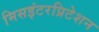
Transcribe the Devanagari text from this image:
मिसइंटरप्रिटेशन